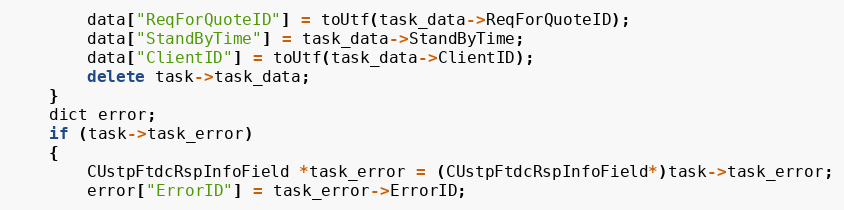
Language: C++
		data["ReqForQuoteID"] = toUtf(task_data->ReqForQuoteID);
		data["StandByTime"] = task_data->StandByTime;
		data["ClientID"] = toUtf(task_data->ClientID);
		delete task->task_data;
	}
	dict error;
	if (task->task_error)
	{
		CUstpFtdcRspInfoField *task_error = (CUstpFtdcRspInfoField*)task->task_error;
		error["ErrorID"] = task_error->ErrorID;